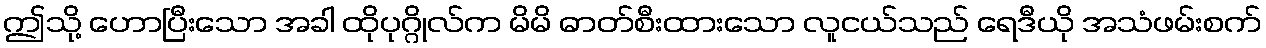
ဤသို့ ဟောပြီးသော အခါ ထိုပုဂ္ဂိုလ်က မိမိ ဓာတ်စီးထားသော လူငယ်သည် ရေဒီယို အသံဖမ်းစက်